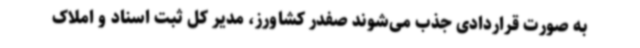
به صورت قراردادی جذب می‌شوند صفدر کشاورز، مدیر کل ثبت اسناد و املاک